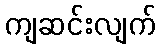
ကျဆင်းလျက်